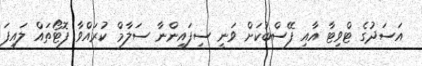
އަސަދުގެ ޓްވިޓާ އާއި ފޭސްބުކަށް ވަނީ ސިފައިންނާ ސަލާމް ކުރައްވާ ފޮޓޯތައް ލައިފަ